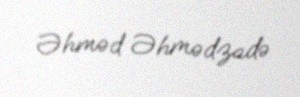
Əhməd Əhmədzadə